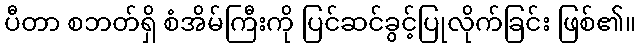
ပီတာ စဘတ်ရှိ စံအိမ်ကြီးကို ပြင်ဆင်ခွင့်ပြုလိုက်ခြင်း ဖြစ်၏။